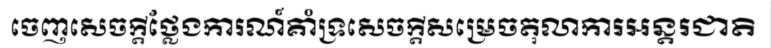
ចេញសេចក្តីថ្លែងការណ៍គាំទ្រសេចក្តីសម្រេចតុលាការអន្តរជាតិ